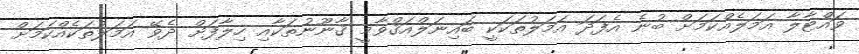
ވައްޓާލާ އަމަލެއްކަމަށް ބުނެ އެފަދަ އަމަލުތަކަކީ ބައިނަލްއަޤްވާމީ ޤާނޫނުތަކާއި ހިލާފަށް ދެވޭ އަމަލުތަކެއްކަމަށް